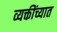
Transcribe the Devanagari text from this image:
व्यक्तींच्यात